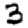
Digit: 3